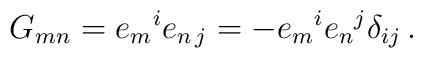
G_{mn}=e_{m}{}^{i}e_{n\, j}=-e_{m}{}^{i}e_{n}{}^{j}\delta_{ij}\, .